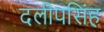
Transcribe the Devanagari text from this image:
दलीपसिंह